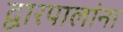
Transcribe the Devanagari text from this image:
द्वारपालांना